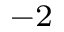
^ { - 2 }